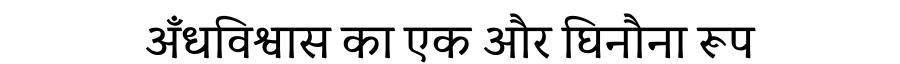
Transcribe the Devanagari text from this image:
अँधविश्वास का एक और घिनौना रूप